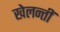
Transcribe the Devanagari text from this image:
खेलन्तीं